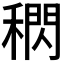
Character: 𥡕